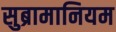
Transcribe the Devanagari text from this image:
सुब्रामानियम